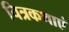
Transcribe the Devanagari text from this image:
चित्रकथाएं